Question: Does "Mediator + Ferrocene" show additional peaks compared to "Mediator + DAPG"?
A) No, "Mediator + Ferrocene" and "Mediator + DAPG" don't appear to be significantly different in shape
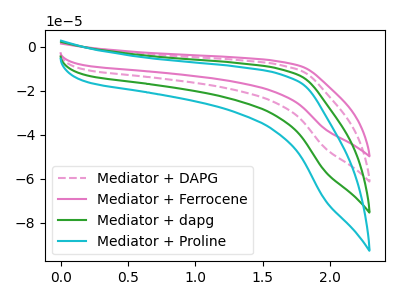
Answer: <think>The pink dashed curve "Mediator + DAPG" has no peaks. The pink curve "Mediator + Ferrocene" has no peaks. The green curve "Mediator + dapg" has no peaks. The cyan curve "Mediator + Proline" has no peaks.
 Neither "Mediator + Ferrocene" or "Mediator + DAPG" have any peaks.</think>
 <answer>A) No, "Mediator + Ferrocene" and "Mediator + DAPG" don't appear to be significantly different in shape</answer>
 <eval>A</eval>